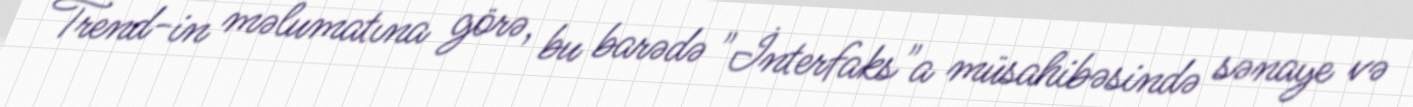
Trend-in məlumatına görə, bu barədə "İnterfaks"a müsahibəsində sənaye və